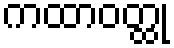
ကထာဝတ္ထု